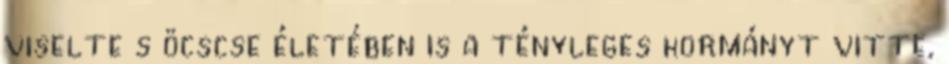
viselte s öcscse életében is a tényleges kormányt vitte,